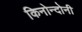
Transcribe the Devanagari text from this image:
किनोन्दोनी